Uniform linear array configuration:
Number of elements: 48
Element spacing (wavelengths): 0.75
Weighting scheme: hamming
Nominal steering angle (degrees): -15
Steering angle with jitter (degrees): -16.271
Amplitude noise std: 0.05
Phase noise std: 0.05

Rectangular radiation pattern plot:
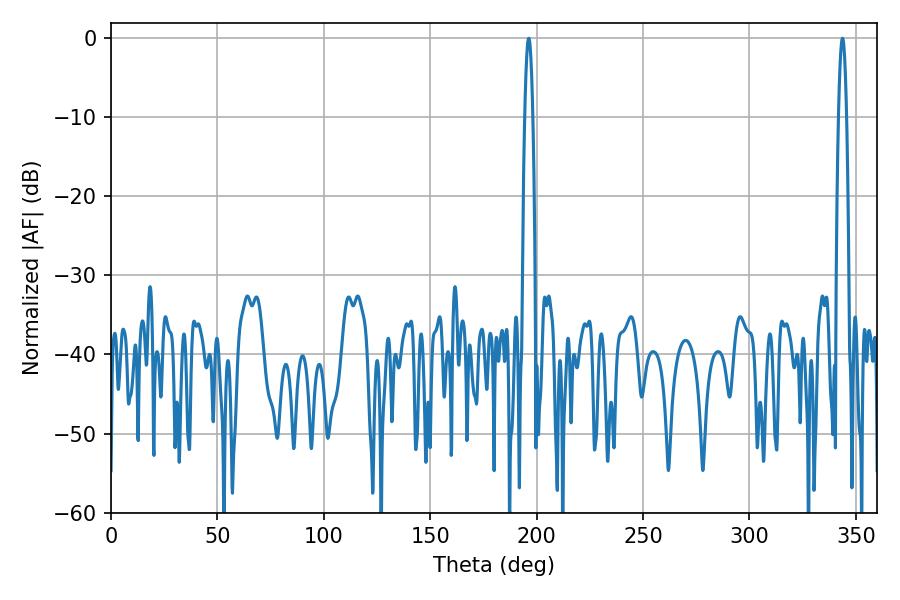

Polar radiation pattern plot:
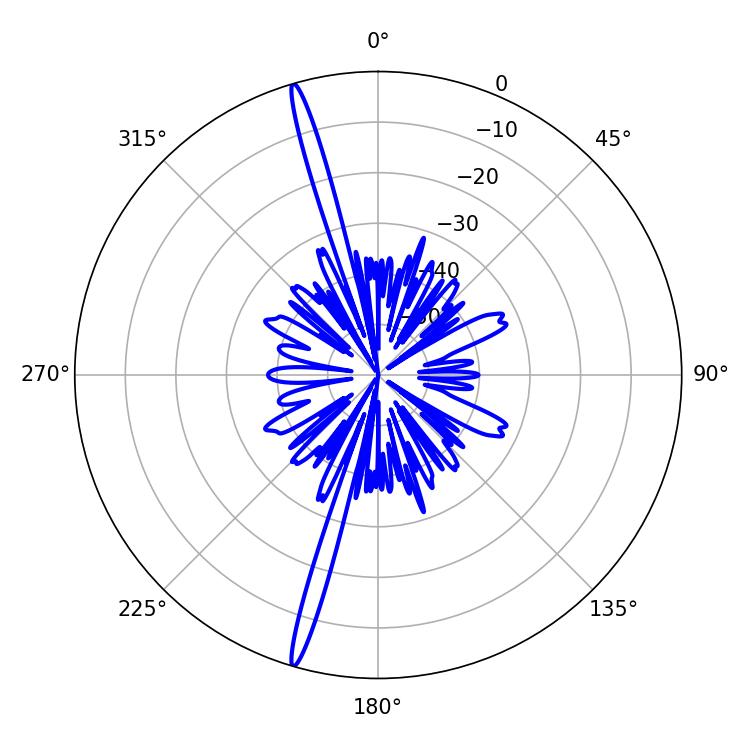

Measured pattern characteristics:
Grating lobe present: TRUE
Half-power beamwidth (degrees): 1.98
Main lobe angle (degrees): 196.2